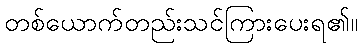
တစ်ယောက်တည်းသင်ကြားပေးရ၏။